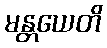
မန္တယေတိ